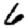
Digit: 6